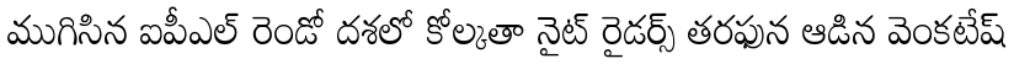
ముగిసిన ఐపీఎల్ రెండో దశలో కోల్కతా నైట్ రైడర్స్ తరఫున ఆడిన వెంకటేష్